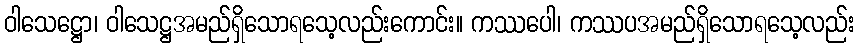
ဝါသေဋ္ဌော၊ ဝါသေဋ္ဌအမည်ရှိသောရသေ့လည်းကောင်း။ ကဿပေါ၊ ကဿပအမည်ရှိသောရသေ့လည်း